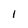
Character: 1